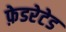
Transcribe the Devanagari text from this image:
फ़ेडरेटेड